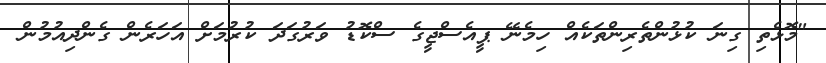
"މޮޅެތި ގިނަ ކުޅުންތެރިންތަކެއް ހިމެނޭ ޕީއެސްޖީގެ ސްކޮޑު ވަރުގަދަ ކުރުމަށް އަހަރެން ގެންދިއުމުން